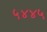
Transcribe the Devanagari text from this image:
५४४५